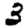
Digit: 3